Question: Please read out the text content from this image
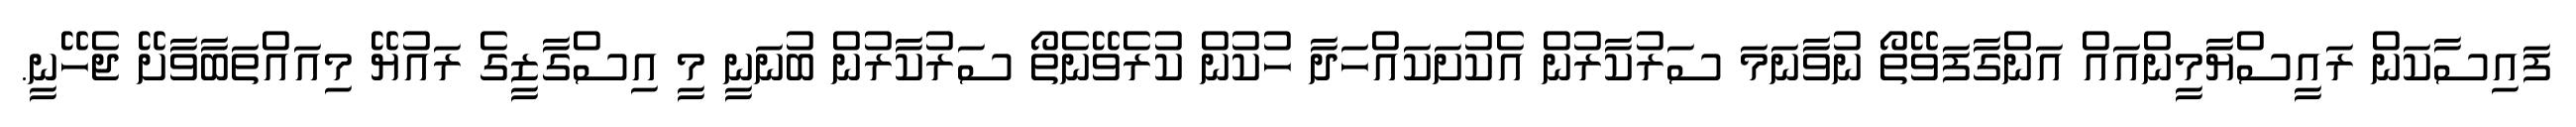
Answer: ފައިސާކަން ރައީސްޔާމީންއައް އަންގާފަވޭތޯ ނުވާނަމަ ސަރުކާރުން އެކުށަކައްހަދާ ހުކުން ކުރެވޭނެތޯ ސަރުކާރުން ބުނަނީ މީ އިސްގާޒީގެ ރައުޔޭ މިއައްތަބާވާށޭ ޖެހޭނީ.